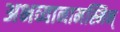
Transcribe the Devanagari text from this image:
अभव्यानामस्मिन्